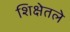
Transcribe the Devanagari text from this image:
शिक्षेतले